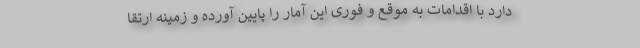
دارد با اقدامات به موقع و فوری این آمار را پایین آورده و زمینه ارتقا